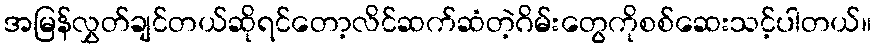
အမြန်လွှတ်ချင်တယ်ဆိုရင်တော့လိင်ဆက်ဆံတဲ့ဂိမ်းတွေကိုစစ်ဆေးသင့်ပါတယ်။